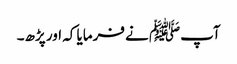
آپﷺ نے فرمایا کہ اور پڑھ۔